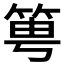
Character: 𥭢